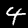
Label: 4